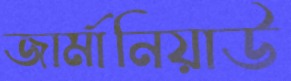
জার্মানিয়াউ